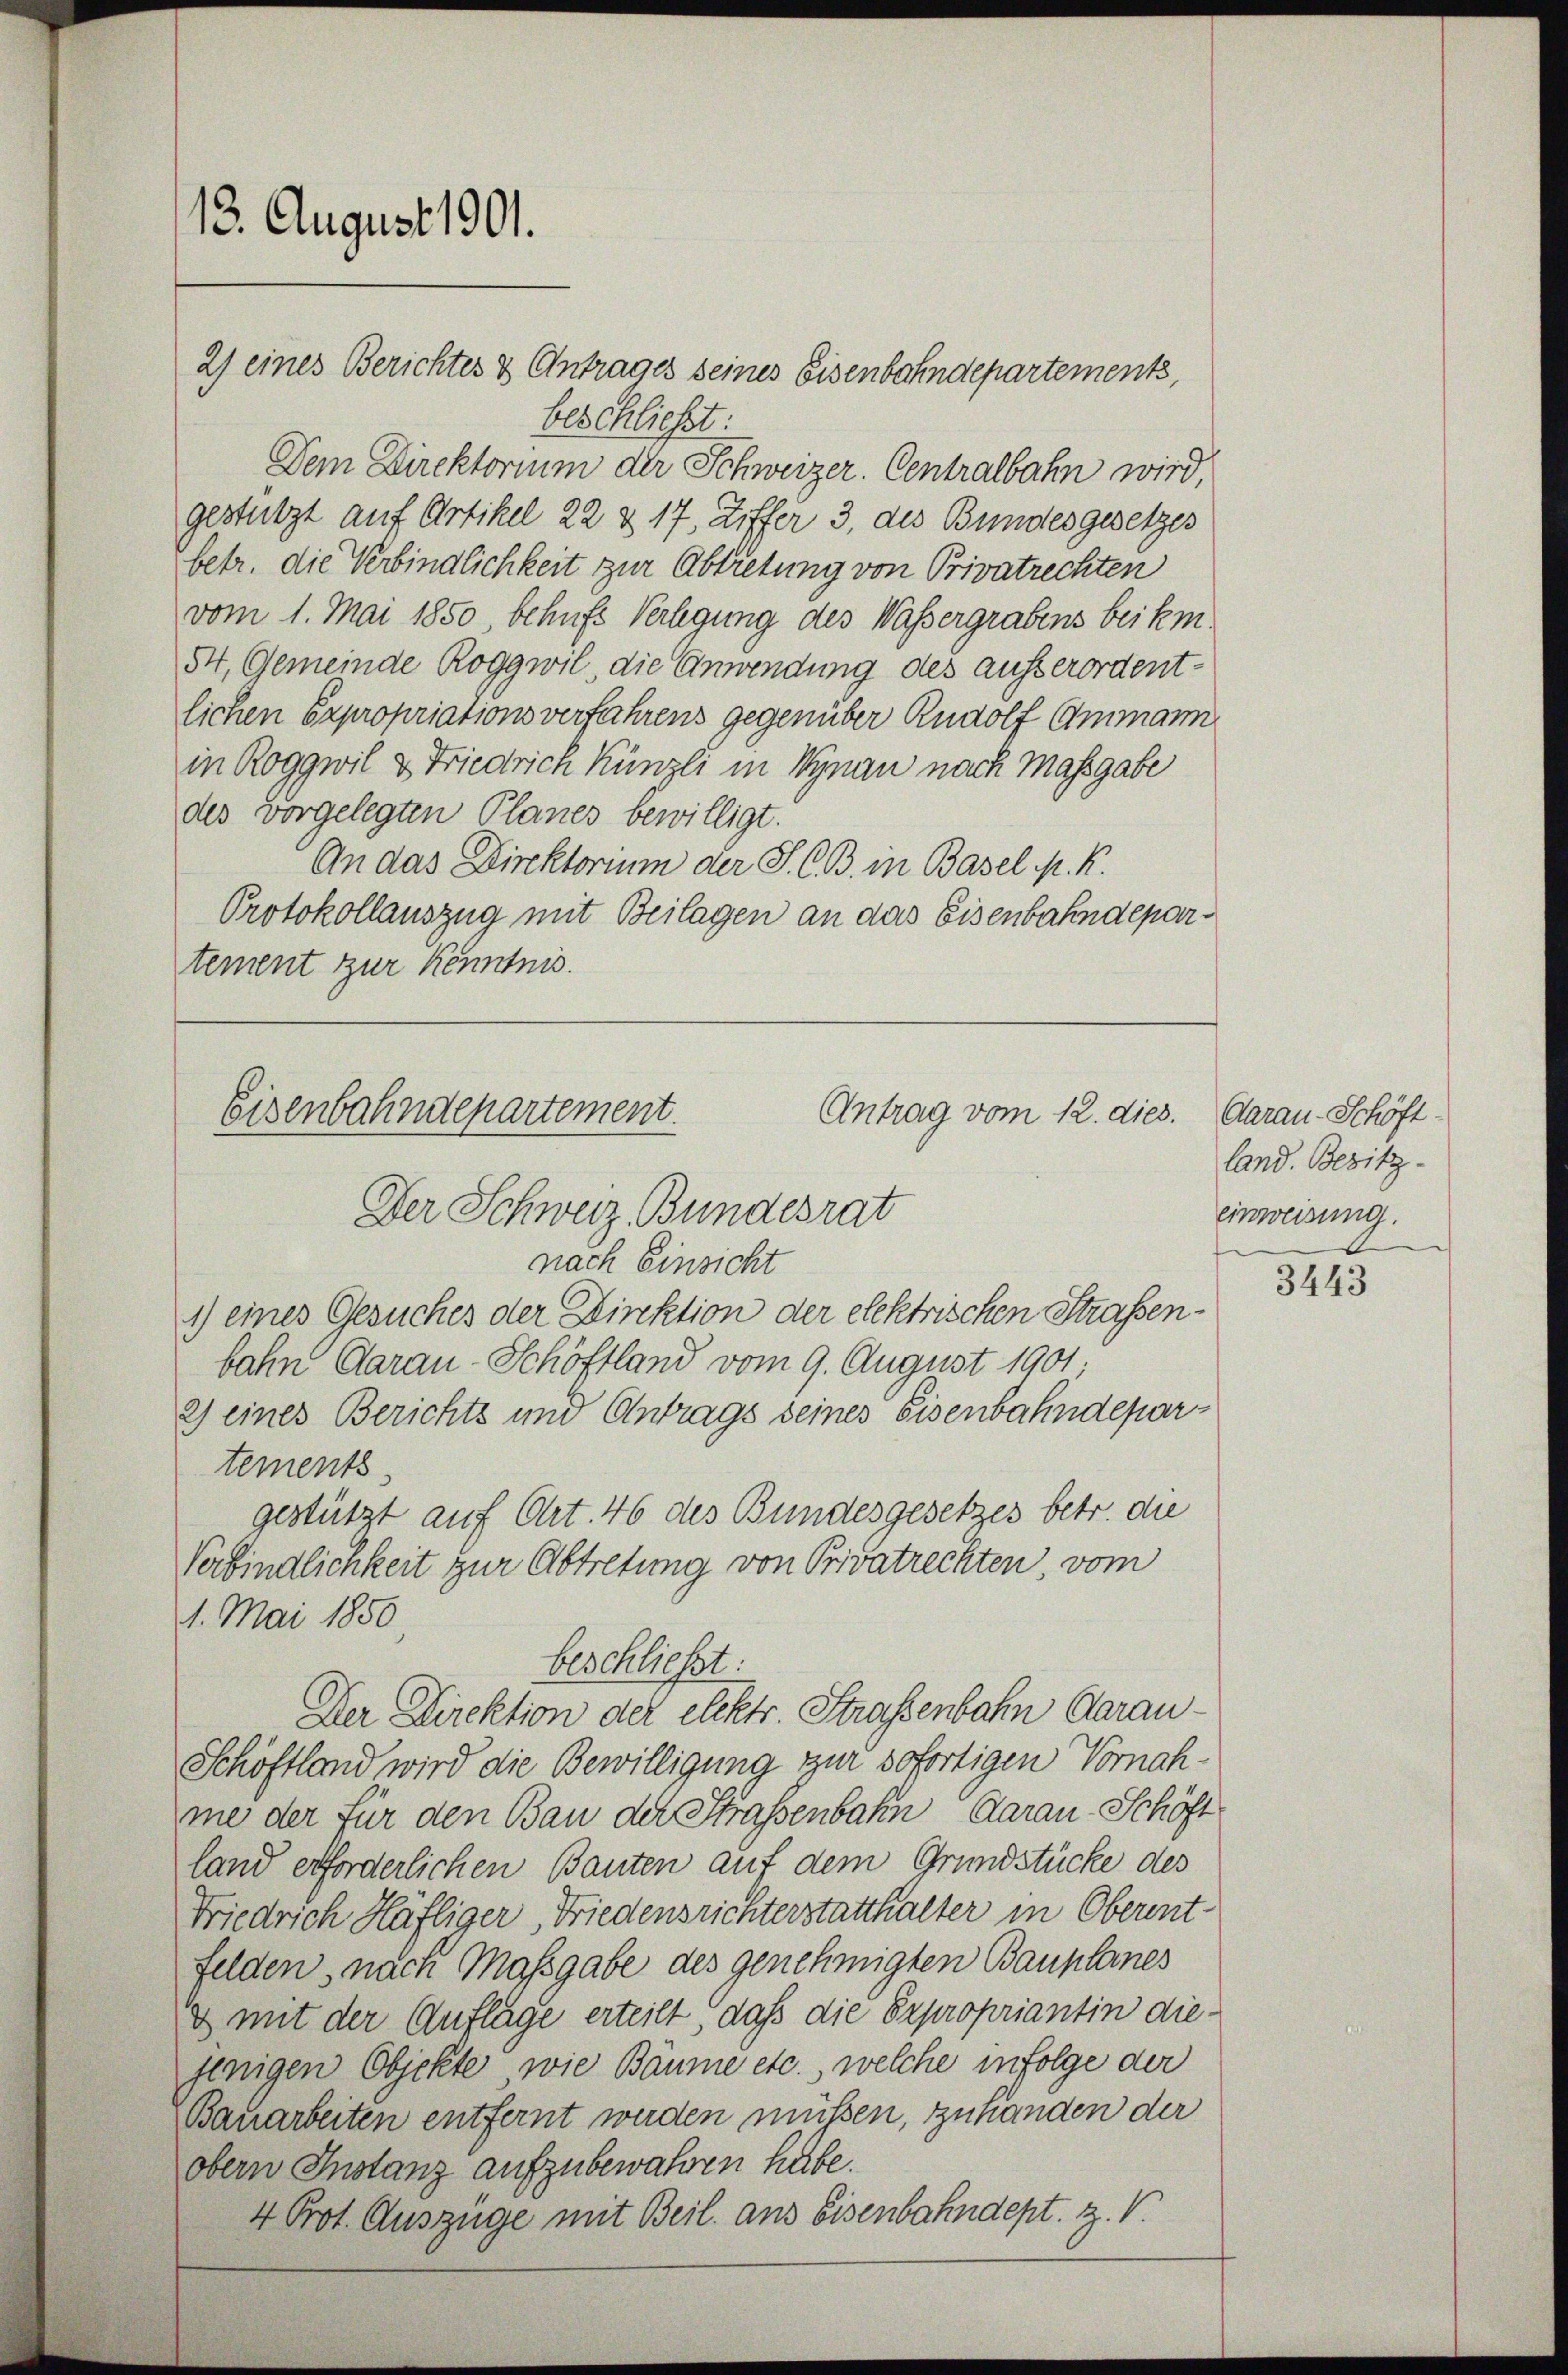
13. August 1901.

Antrag vom 12. dies.
Eisenbahndepartement.
Der Schweiz. Bundesrat

beschließt:

2) eines Berichtes & Antrages seines Eisenbahndepartements,
beschließt:
Dem Direktorium der Schweizer. Centralbahn wird,
gestützt auf Artikel 22 & 17, Ziffer 3, des Bundesgesetzes
betr. die Verbindlichkeit zur Abtretung von Privatrechten
vom 1. Mai 1850, behufs Verlegung des Wassergrabens beikm.
54, Gemeinde Roggwil, die Anwendung des ausserordentlichen Expropriations verfahrens gegenüber Rudolf Ammann
in Roggwil & Friedrich Künzli in Synau nach Massgabe
des vorgelegten Planes bewilligt.
An das Direktorium der S. C. B. in Basel N. K.
Protokollauszug mit Beilagen an das Eisenbahndepartement zur Kenntnis.

nach Einsicht
1) eines Gesuches der Direktion der elektrischen Strassen.
bahn Garan-Schöffland vom 9. August 1901;
2) eines Berichts und Antrags seines Eisenbahndepartements
gestützt auf Art. 46 des Bundesgesetzes betr. die
Verbindlichkeit zur Abtretung von Privatrechten, vom
1. Mai 1850
Der Direktion der elektr. Straßenbahn darau¬
Schöftland wird die Bewilligung zur sofortigen Vornahme der für den Bau der Strassenbahn darau Schöft
land erforderlichen Bauten auf dem Grundstücke des
Friedrich Häfliger, Friedensrichterstatthalter in Oberent-
felden, nach Massgabe des genehmigten Bauplanes
& mit der Auflage erteilt, daß die Expropriantin diejenigen Objekte, wie Bäume etc., welche infolge der
Bauarbeiten entfernt werden müßen, zu handen der
obern Instanz aufzubewahren habe.
4 Prot. Auszüge mit Beil. aus Eisenbahndept. Z. V

Aarau-Schöft-
land. Besitz-
einweisung.

3443